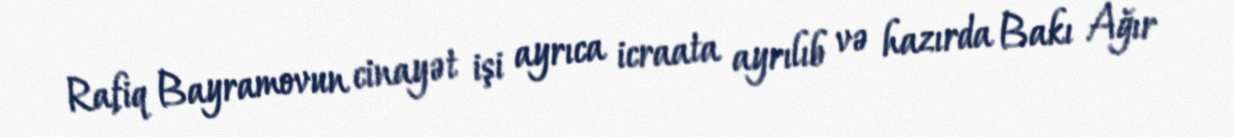
Rafiq Bayramovun cinayət işi ayrıca icraata ayrılıb və hazırda Bakı Ağır